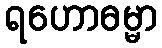
ရဟောဓမ္မာ